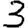
Digit: 3